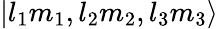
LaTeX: |l_{1}m_{1},l_{2}m_{2},l_{3}m_{3}\rangle